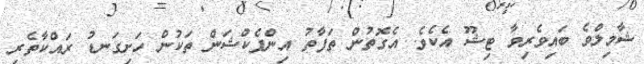
ޝާމިލްވެ ބައިވެރިވާ ޓިޝޫ އެކެވެ. އެގޮތުން ތަފާތު އިންފެކްޝަން ތަކުން ހަށިގަނޑު ރައްކާތެރި